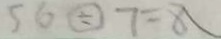
5 6 \div 7 = 8